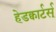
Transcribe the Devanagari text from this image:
हेडक्वार्टर्स्